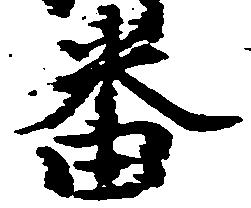
番